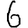
Digit: 6